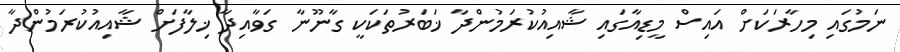
ނަމުގައި މިހާރަކަށް އައިސް މީޑިއާގައި ޝާއިއުކުރަމުންދާ ޚަބަރުތަކަކީ ގާނޫނާ ގަވާއިދާ ޚިލާފަށް ޝާއިއުކުރަމުންދާ